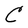
Character: C